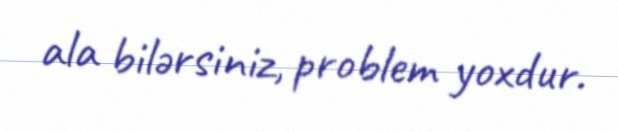
ala bilərsiniz, problem yoxdur.